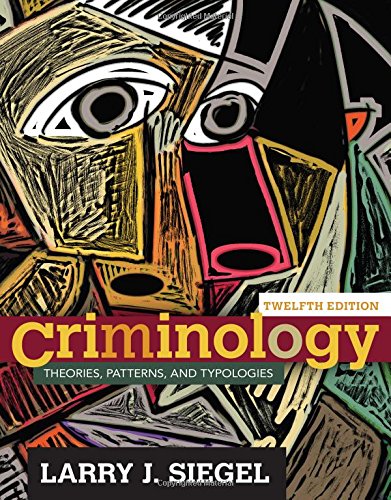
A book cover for Criminology: Theories, Patterns, and Typologies; Larry J. Siegel; Education & Teaching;